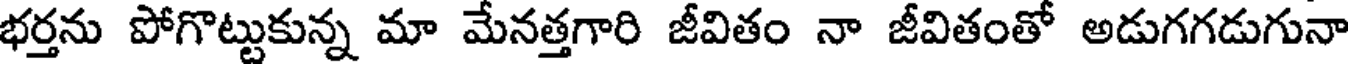
భర్తను పోగొట్టుకున్న మా మేనత్తగారి జీవితం నా జీవితంతో అడుగగడుగునా